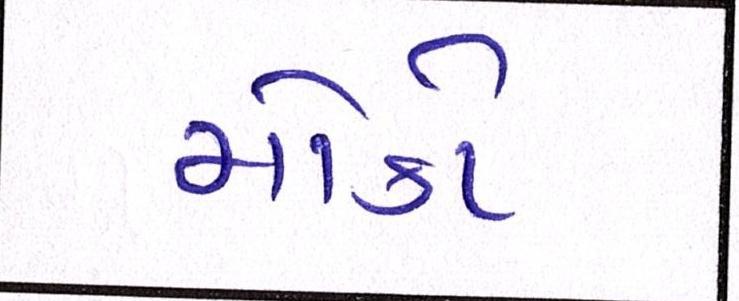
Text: મોકો